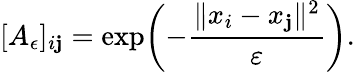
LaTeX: [A_{\epsilon}]_{i\mathbf{j}}=\exp\biggl(-\frac{{\| x_{i}-x_{\mathbf{j}}\| ^{2}}}{{\varepsilon}}\biggr).